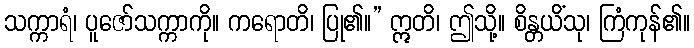
သက္ကာရံ၊ ပူဇော်သက္ကာကို။ ကရောတိ၊ ပြု၏။” ဣတိ၊ ဤသို့။ စိန္တယိံသု၊ ကြံကုန်၏။